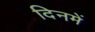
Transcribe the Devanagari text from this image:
दिनमें